NAE_ERA_R-2324_Eesti_Vabariigi_Pohiseaduslik_Assamblee, lk 121
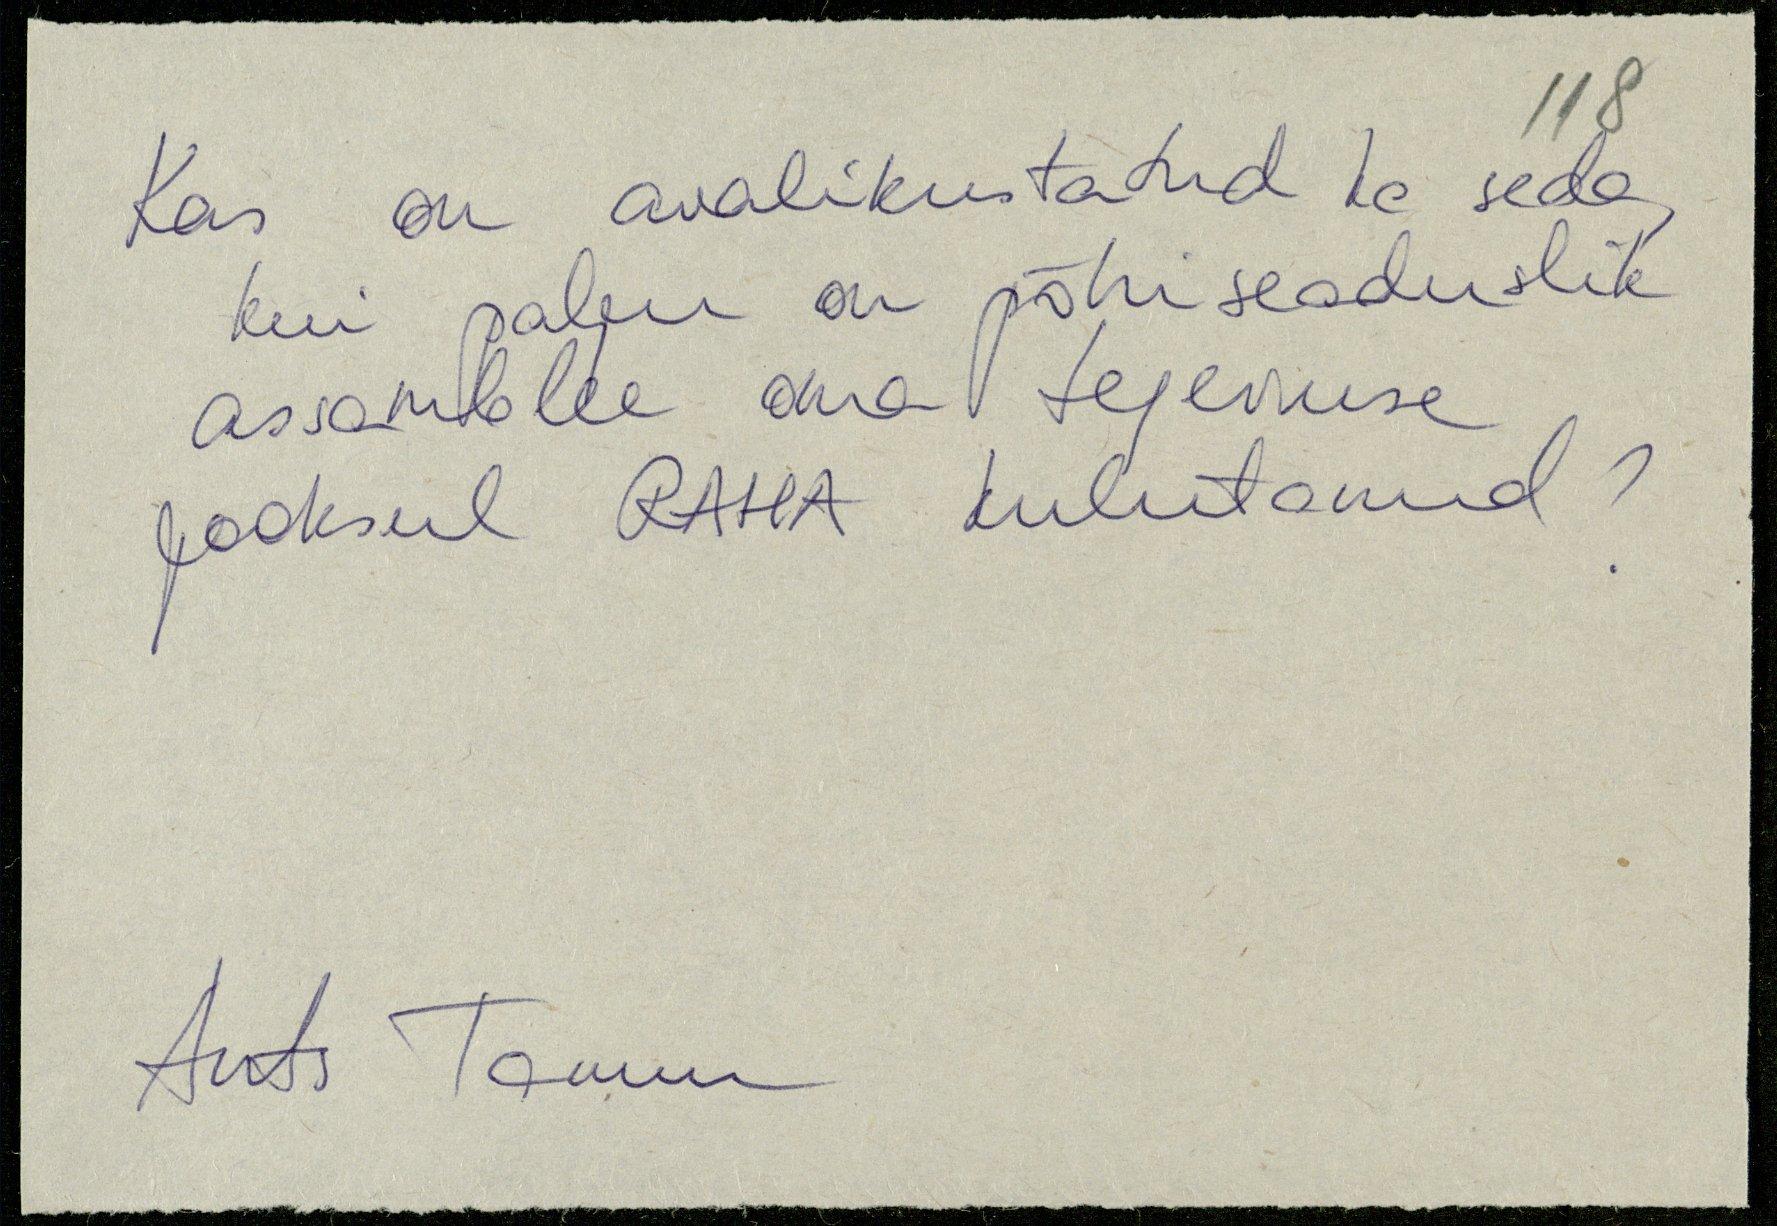
Kas on avalikustatud te seda
kui palju on põhiseaduslik
assamblee oma tegevuse
jooksul RAHA kulutanud?
Ants Tamm